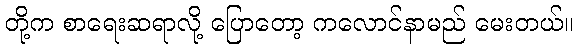
တို့က စာရေးဆရာလို့ ပြောတော့ ကလောင်နာမည် မေးတယ်။